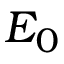
E _ { 0 }